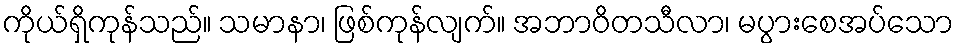
ကိုယ်ရှိကုန်သည်။ သမာနာ၊ ဖြစ်ကုန်လျက်။ အဘာဝိတသီလာ၊ မပွားစေအပ်သော